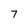
Character: 7